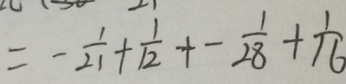
= - \frac { 1 } { 2 1 } + \frac { 1 } { 1 2 } + - \frac { 1 } { 2 8 } + \frac { 1 } { 1 6 }